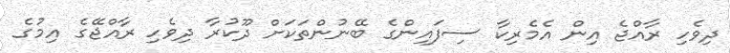
ދިވެހި ރާއްޖެ އިން އެމެރިކާ ސިފައިންގެ ބޭނުންތަކަށް ދޫކުރާ ދިވެހި ރާއްޖޭގެ އިމުގެ